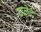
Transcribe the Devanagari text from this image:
टालेट